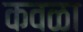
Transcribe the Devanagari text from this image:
कवळा